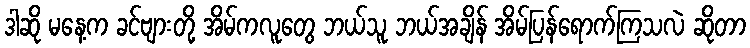
ဒါဆို မနေ့က ခင်ဗျားတို့ အိမ်ကလူတွေ ဘယ်သူ ဘယ်အချိန် အိမ်ပြန်ရောက်ကြသလဲ ဆိုတာ